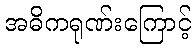
အဓိကရုဏ်းကြောင့်